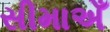
સીમાએઁ